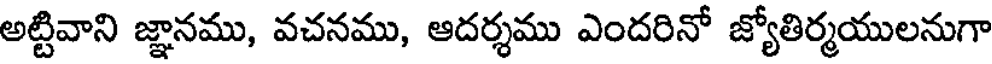
అట్టివాని జ్ఞానము, వచనము, ఆదర్శము ఎందరినో జ్యోతిర్మయులనుగా